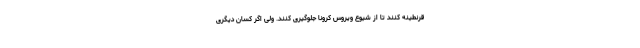
قرنطینه کنند تا از شیوع ویروس کرونا جلوگیری کنند. ولی اگر کسان دیگری